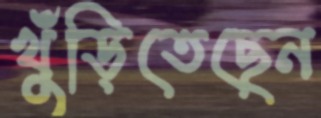
খুঁড়িতেছেন